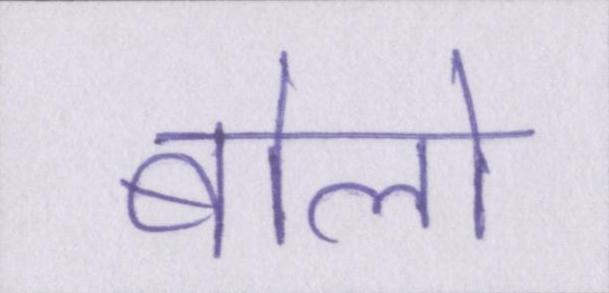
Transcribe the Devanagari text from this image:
बोलो